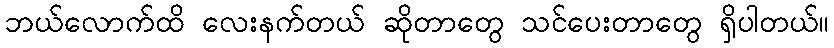
ဘယ်လောက်ထိ လေးနက်တယ် ဆိုတာတွေ သင်ပေးတာတွေ ရှိပါတယ်။